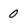
Character: 0